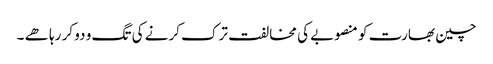
چین بھارت کو منصوبے کی مخالفت ترک کرنے کی تگ و دو کر رہا ھے ۔